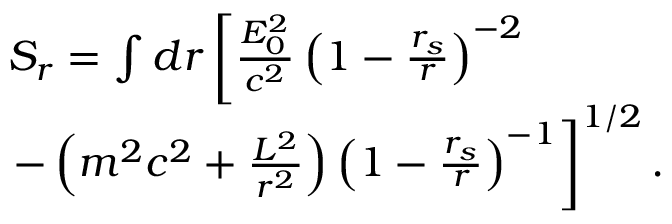
\begin{array} { l } { S _ { r } = \int d r \left[ \frac { { \cal { E } } _ { 0 } ^ { 2 } } { c ^ { 2 } } \left( 1 - \frac { r _ { s } } { r } \right) ^ { - 2 } \right. } \\ { \left. - \left( m ^ { 2 } c ^ { 2 } + \frac { { \cal { L } } ^ { 2 } } { r ^ { 2 } } \right) \left( 1 - \frac { r _ { s } } { r } \right) ^ { - 1 } \right] ^ { 1 / 2 } . } \end{array}